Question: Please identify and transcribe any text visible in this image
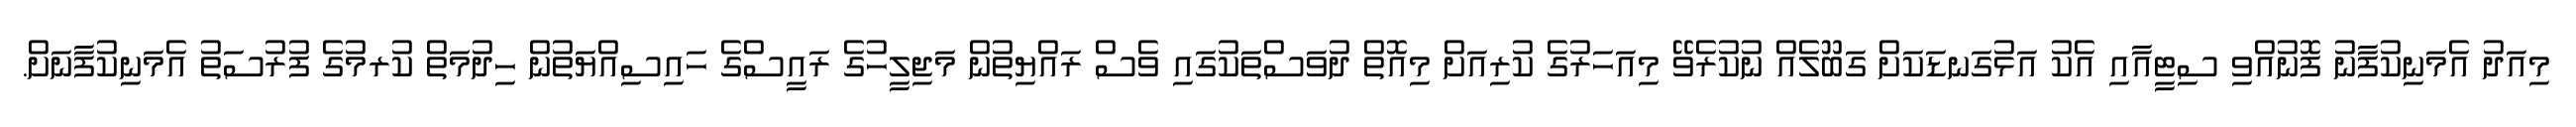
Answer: މިއަދު އެމަނިކުފާނު ފޮނުއްވި ސިޓީއާއި އެކު އަޅުގަނޑަކަށް ގަބޫލެއް ނުކުރެވޭ މިއަހަރުގެ ކުރިއަށް މިއޮތް ދުވަސްތަކުގައި ވެސް ރައްޔިތުން މަޖިލީހުގެ ރައީސްގެ ހައިސިއްޔަތުން ހިދުމަތް ކުރމުގެ ފުރުސަތު އެމަނިކުފާނަށް.